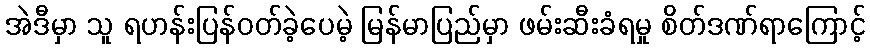
အဲဒီမှာ သူ ရဟန်းပြန်ဝတ်ခဲ့ပေမဲ့ မြန်မာပြည်မှာ ဖမ်းဆီးခံရမှု စိတ်ဒဏ်ရာကြောင့်